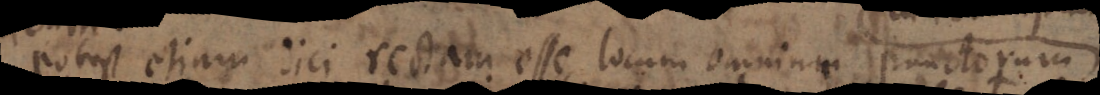
potest etiam dici rectam esse locum omnium punctorum